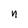
Character: n